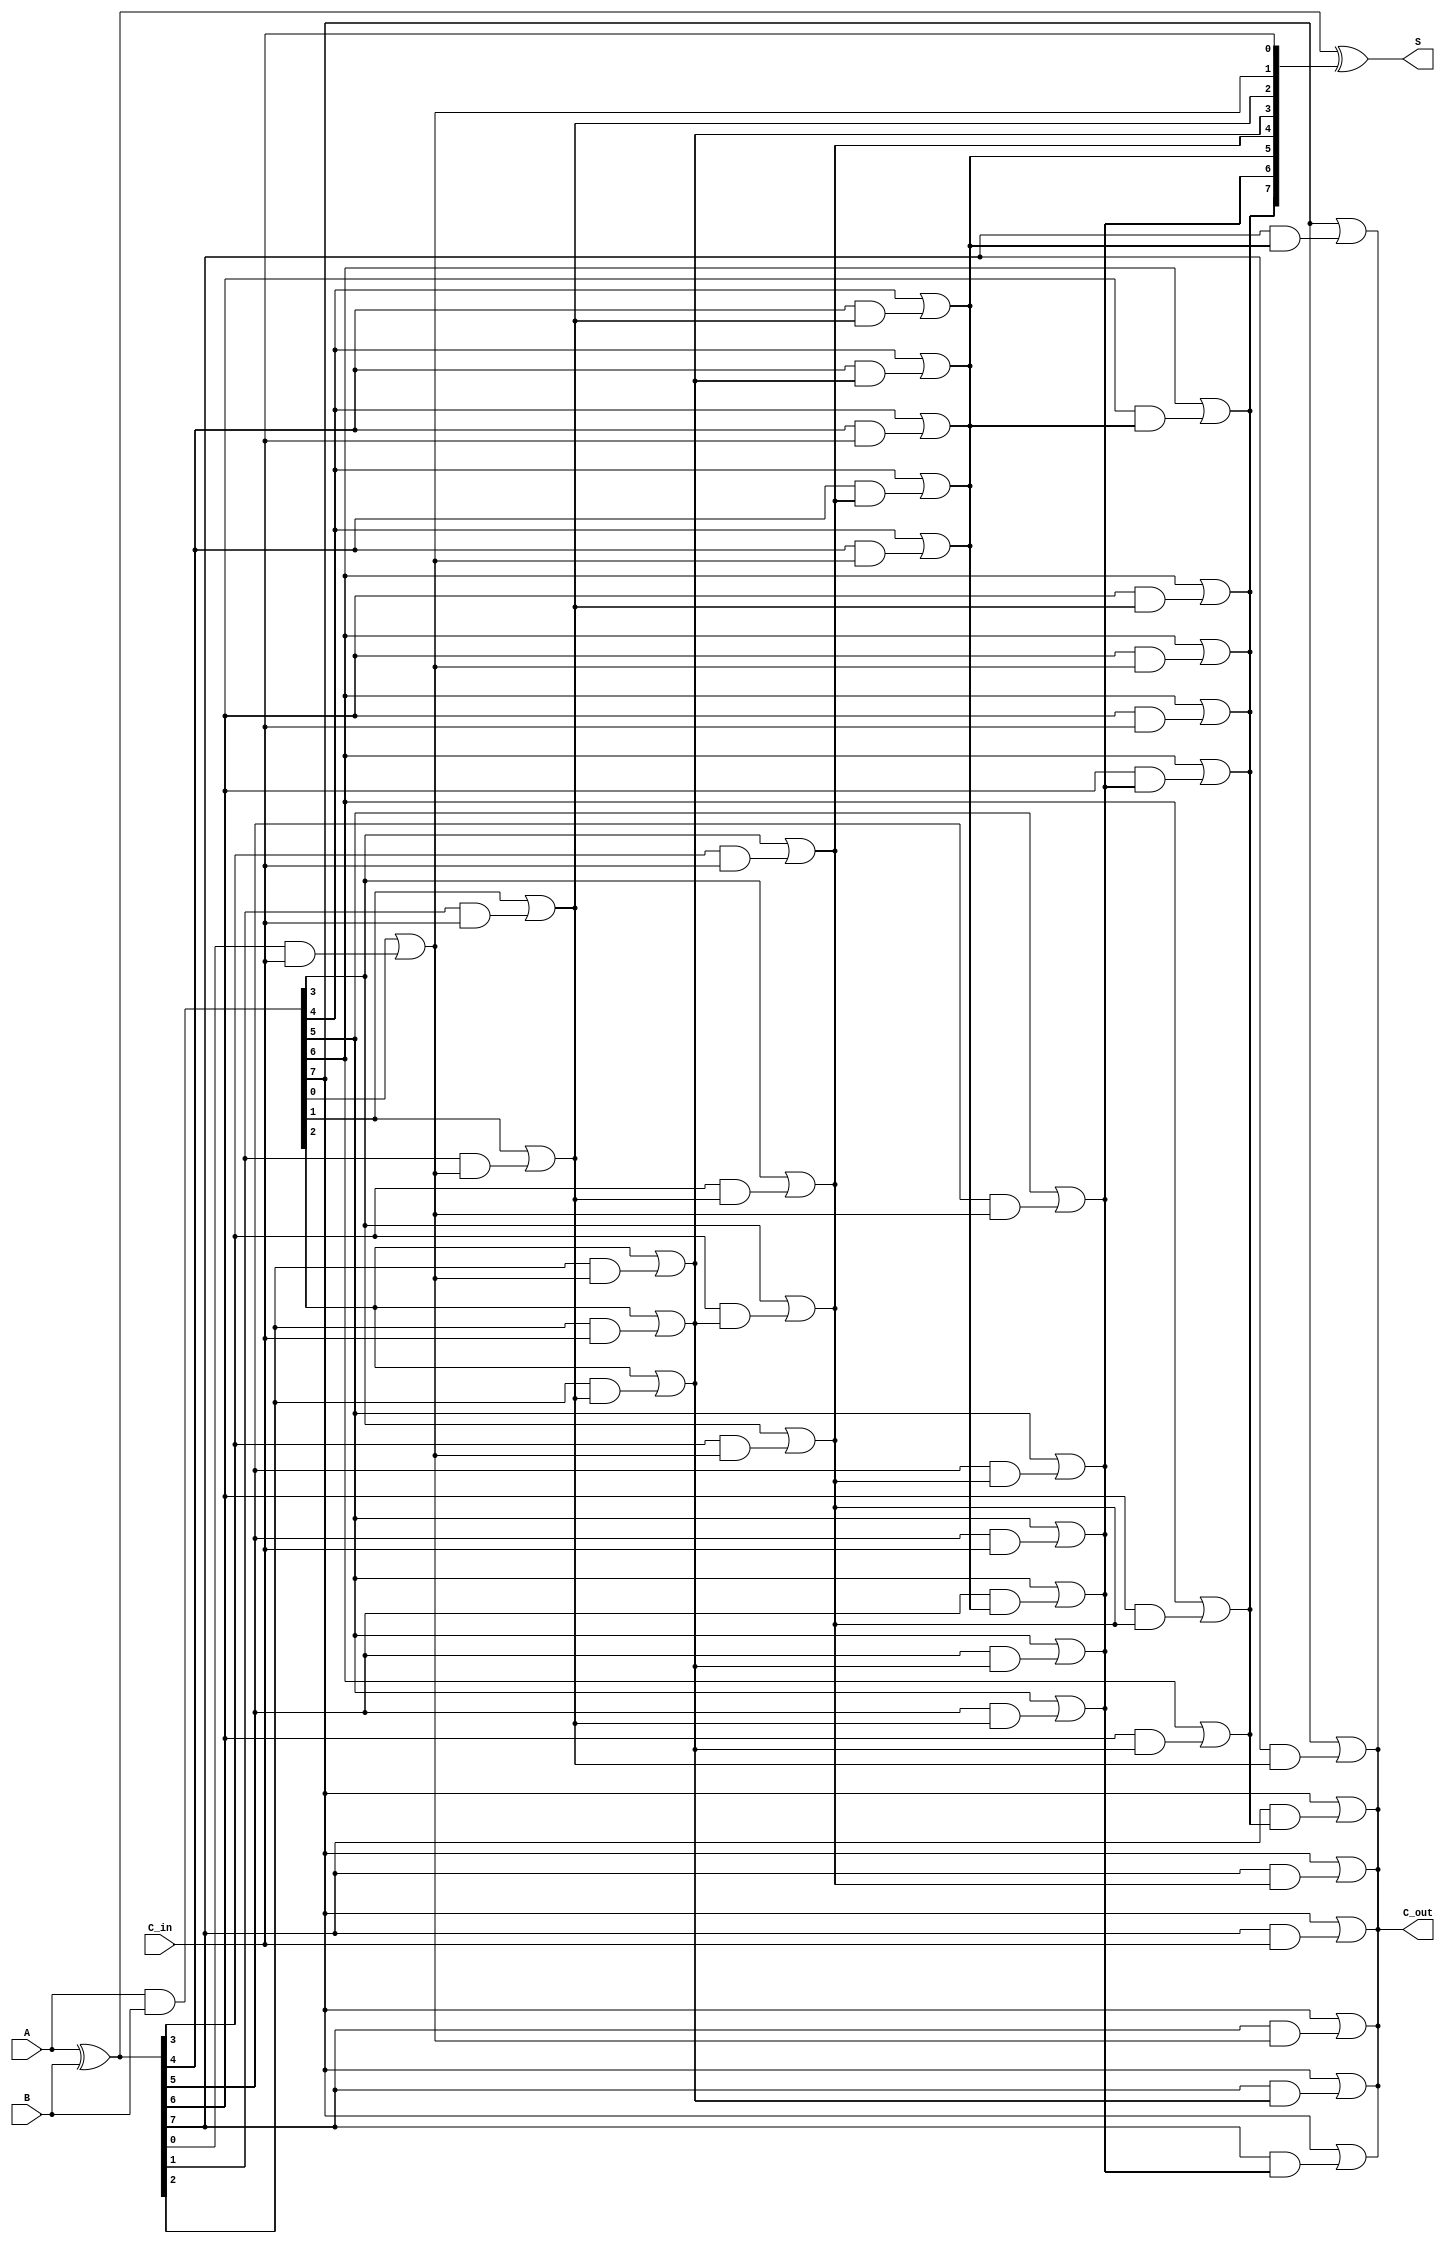
module ParallelPrefixAdder #(parameter n = 8) (
    input  [n-1:0] A,        // First input
    input  [n-1:0] B,        // Second input
    input         C_in,      // Carry-in
    output [n-1:0] S,        // Sum output
    output        C_out       // Carry-out output
);

    // Generate and propagate signals
    wire [n-1:0] G;          // Generate signals
    wire [n-1:0] P;          // Propagate signals
    wire [n:0] C;            // Carry signals

    // Generate and propagate calculations
    assign G = A & B;        // G[i] = A[i] & B[i]
    assign P = A ^ B;        // P[i] = A[i] ^ B[i]

    // Carry signals calculation using Kogge-Stone structure
    assign C[0] = C_in;      // Initial carry input

    genvar i, j;
    generate
        // First level of carry generation
        for (i = 0; i < n; i = i + 1) begin: level1
            assign C[i+1] = G[i] | (P[i] & C[i]);
        end

        // Subsequent levels of carry generation
        for (j = 1; j < n; j = j + 1) begin: levels
            for (i = 0; i < n - j; i = i + 1) begin: carry_gen
                assign C[i + j + 1] = G[i + j] | (P[i + j] & C[i]);
            end
        end
    endgenerate

    // Sum calculation
    assign S = P ^ C[n-1:0]; // S[i] = P[i] ^ C[i]

    // Final carry-out
    assign C_out = C[n];     // Last carry-out

endmodule